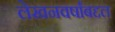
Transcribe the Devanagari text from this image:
लेखनवर्षांबद्दल